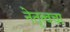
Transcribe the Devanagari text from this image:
नेतृत्वचा